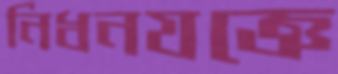
নিধনযজ্ঞে